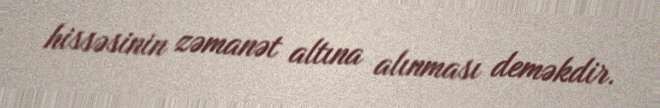
hissəsinin zəmanət altına alınması deməkdir.